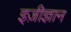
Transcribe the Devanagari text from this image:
इज़ीज्ञान